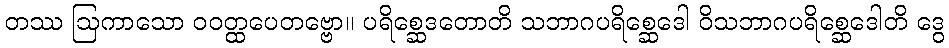
တဿ ဩကာသော ဝဝတ္ထပေတဗ္ဗော။ ပရိစ္ဆေဒတောတိ သဘာဂပရိစ္ဆေဒေါ ဝိသဘာဂပရိစ္ဆေဒေါတိ ဒွေ